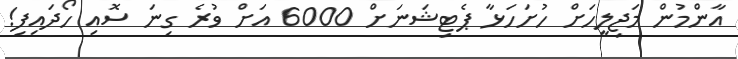
އާންމުން މަޖިލީހަށް ހުށަހަޅާ ޕެޓިޝަނަށް 6000 އަށް ވުރެ ގިނަ ސޮއި ހޯދައިފި!